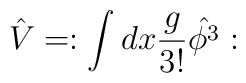
\hat{V} = :\int dx \frac{g}{3!} \hat{\phi^3}: